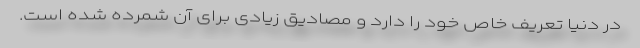
در دنیا تعریف خاص خود را دارد و مصادیق زیادی برای آن شمرده شده است.